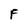
Character: F